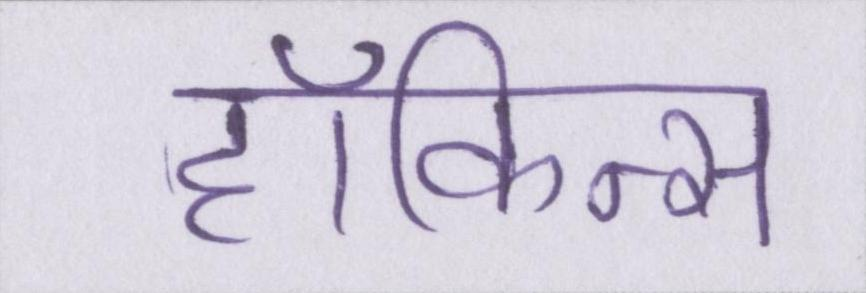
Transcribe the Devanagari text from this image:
हॉकिन्स